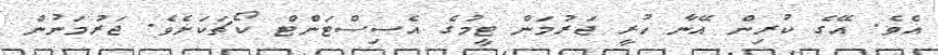
އެވެ. އޭގެ ކުރިން އޭނާ ހުރީ ޖަރުމަން ޓީމުގެ އެސިސްޓަންޓް ކޯޗަކަށެވެ. ޖަރުމަނުން